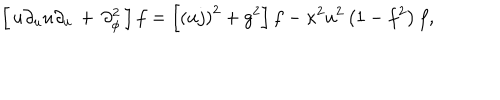
\left[ \, u \partial _ { u } u \partial _ { u } \, + \, \partial _ { \phi } ^ { 2 } \, \right] f = \left[ \left( u j \right) ^ { 2 } + g ^ { 2 } \right] f - \kappa ^ { 2 } u ^ { 2 } \left( 1 - f ^ { 2 } \right) f ,